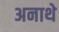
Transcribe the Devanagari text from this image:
अनाथे